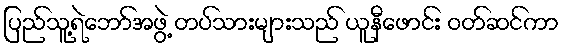
ပြည်သူ့ရဲဘော်အဖွဲ့ တပ်သားများသည် ယူနီဖောင်း ဝတ်ဆင်ကာ